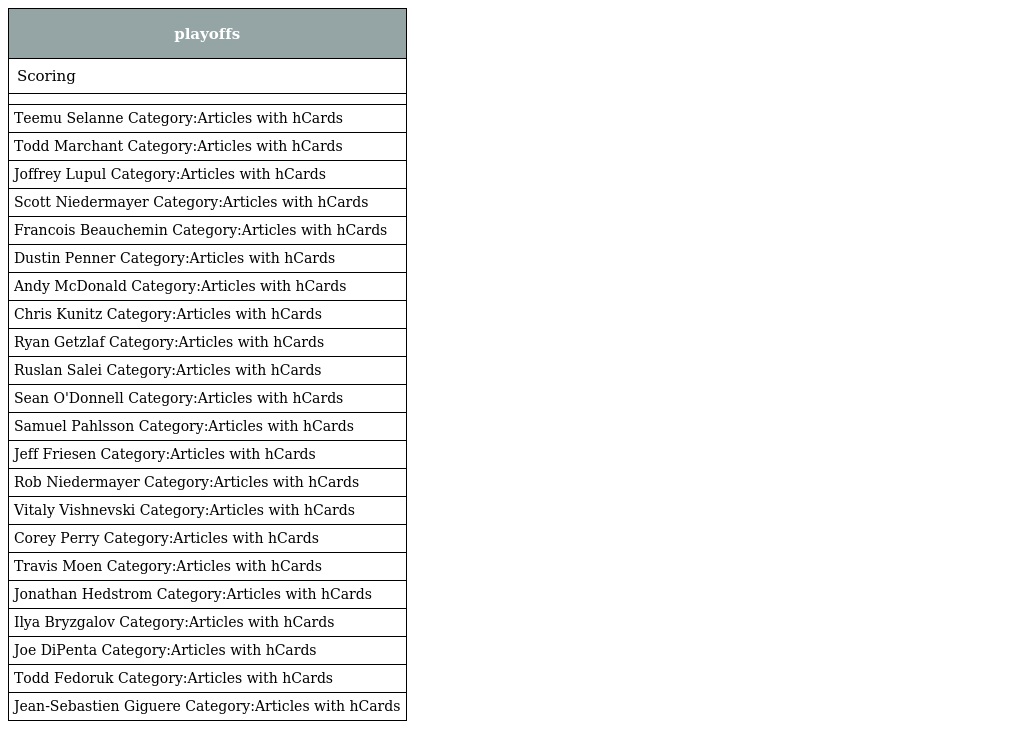
| playoffs |
 | --- |
 | Scoring |
 |  |
 | Teemu Selanne Category:Articles with hCards |
 | Todd Marchant Category:Articles with hCards |
 | Joffrey Lupul Category:Articles with hCards |
 | Scott Niedermayer Category:Articles with hCards |
 | Francois Beauchemin Category:Articles with hCards |
 | Dustin Penner Category:Articles with hCards |
 | Andy McDonald Category:Articles with hCards |
 | Chris Kunitz Category:Articles with hCards |
 | Ryan Getzlaf Category:Articles with hCards |
 | Ruslan Salei Category:Articles with hCards |
 | Sean O'Donnell Category:Articles with hCards |
 | Samuel Pahlsson Category:Articles with hCards |
 | Jeff Friesen Category:Articles with hCards |
 | Rob Niedermayer Category:Articles with hCards |
 | Vitaly Vishnevski Category:Articles with hCards |
 | Corey Perry Category:Articles with hCards |
 | Travis Moen Category:Articles with hCards |
 | Jonathan Hedstrom Category:Articles with hCards |
 | Ilya Bryzgalov Category:Articles with hCards |
 | Joe DiPenta Category:Articles with hCards |
 | Todd Fedoruk Category:Articles with hCards |
 | Jean-Sebastien Giguere Category:Articles with hCards |